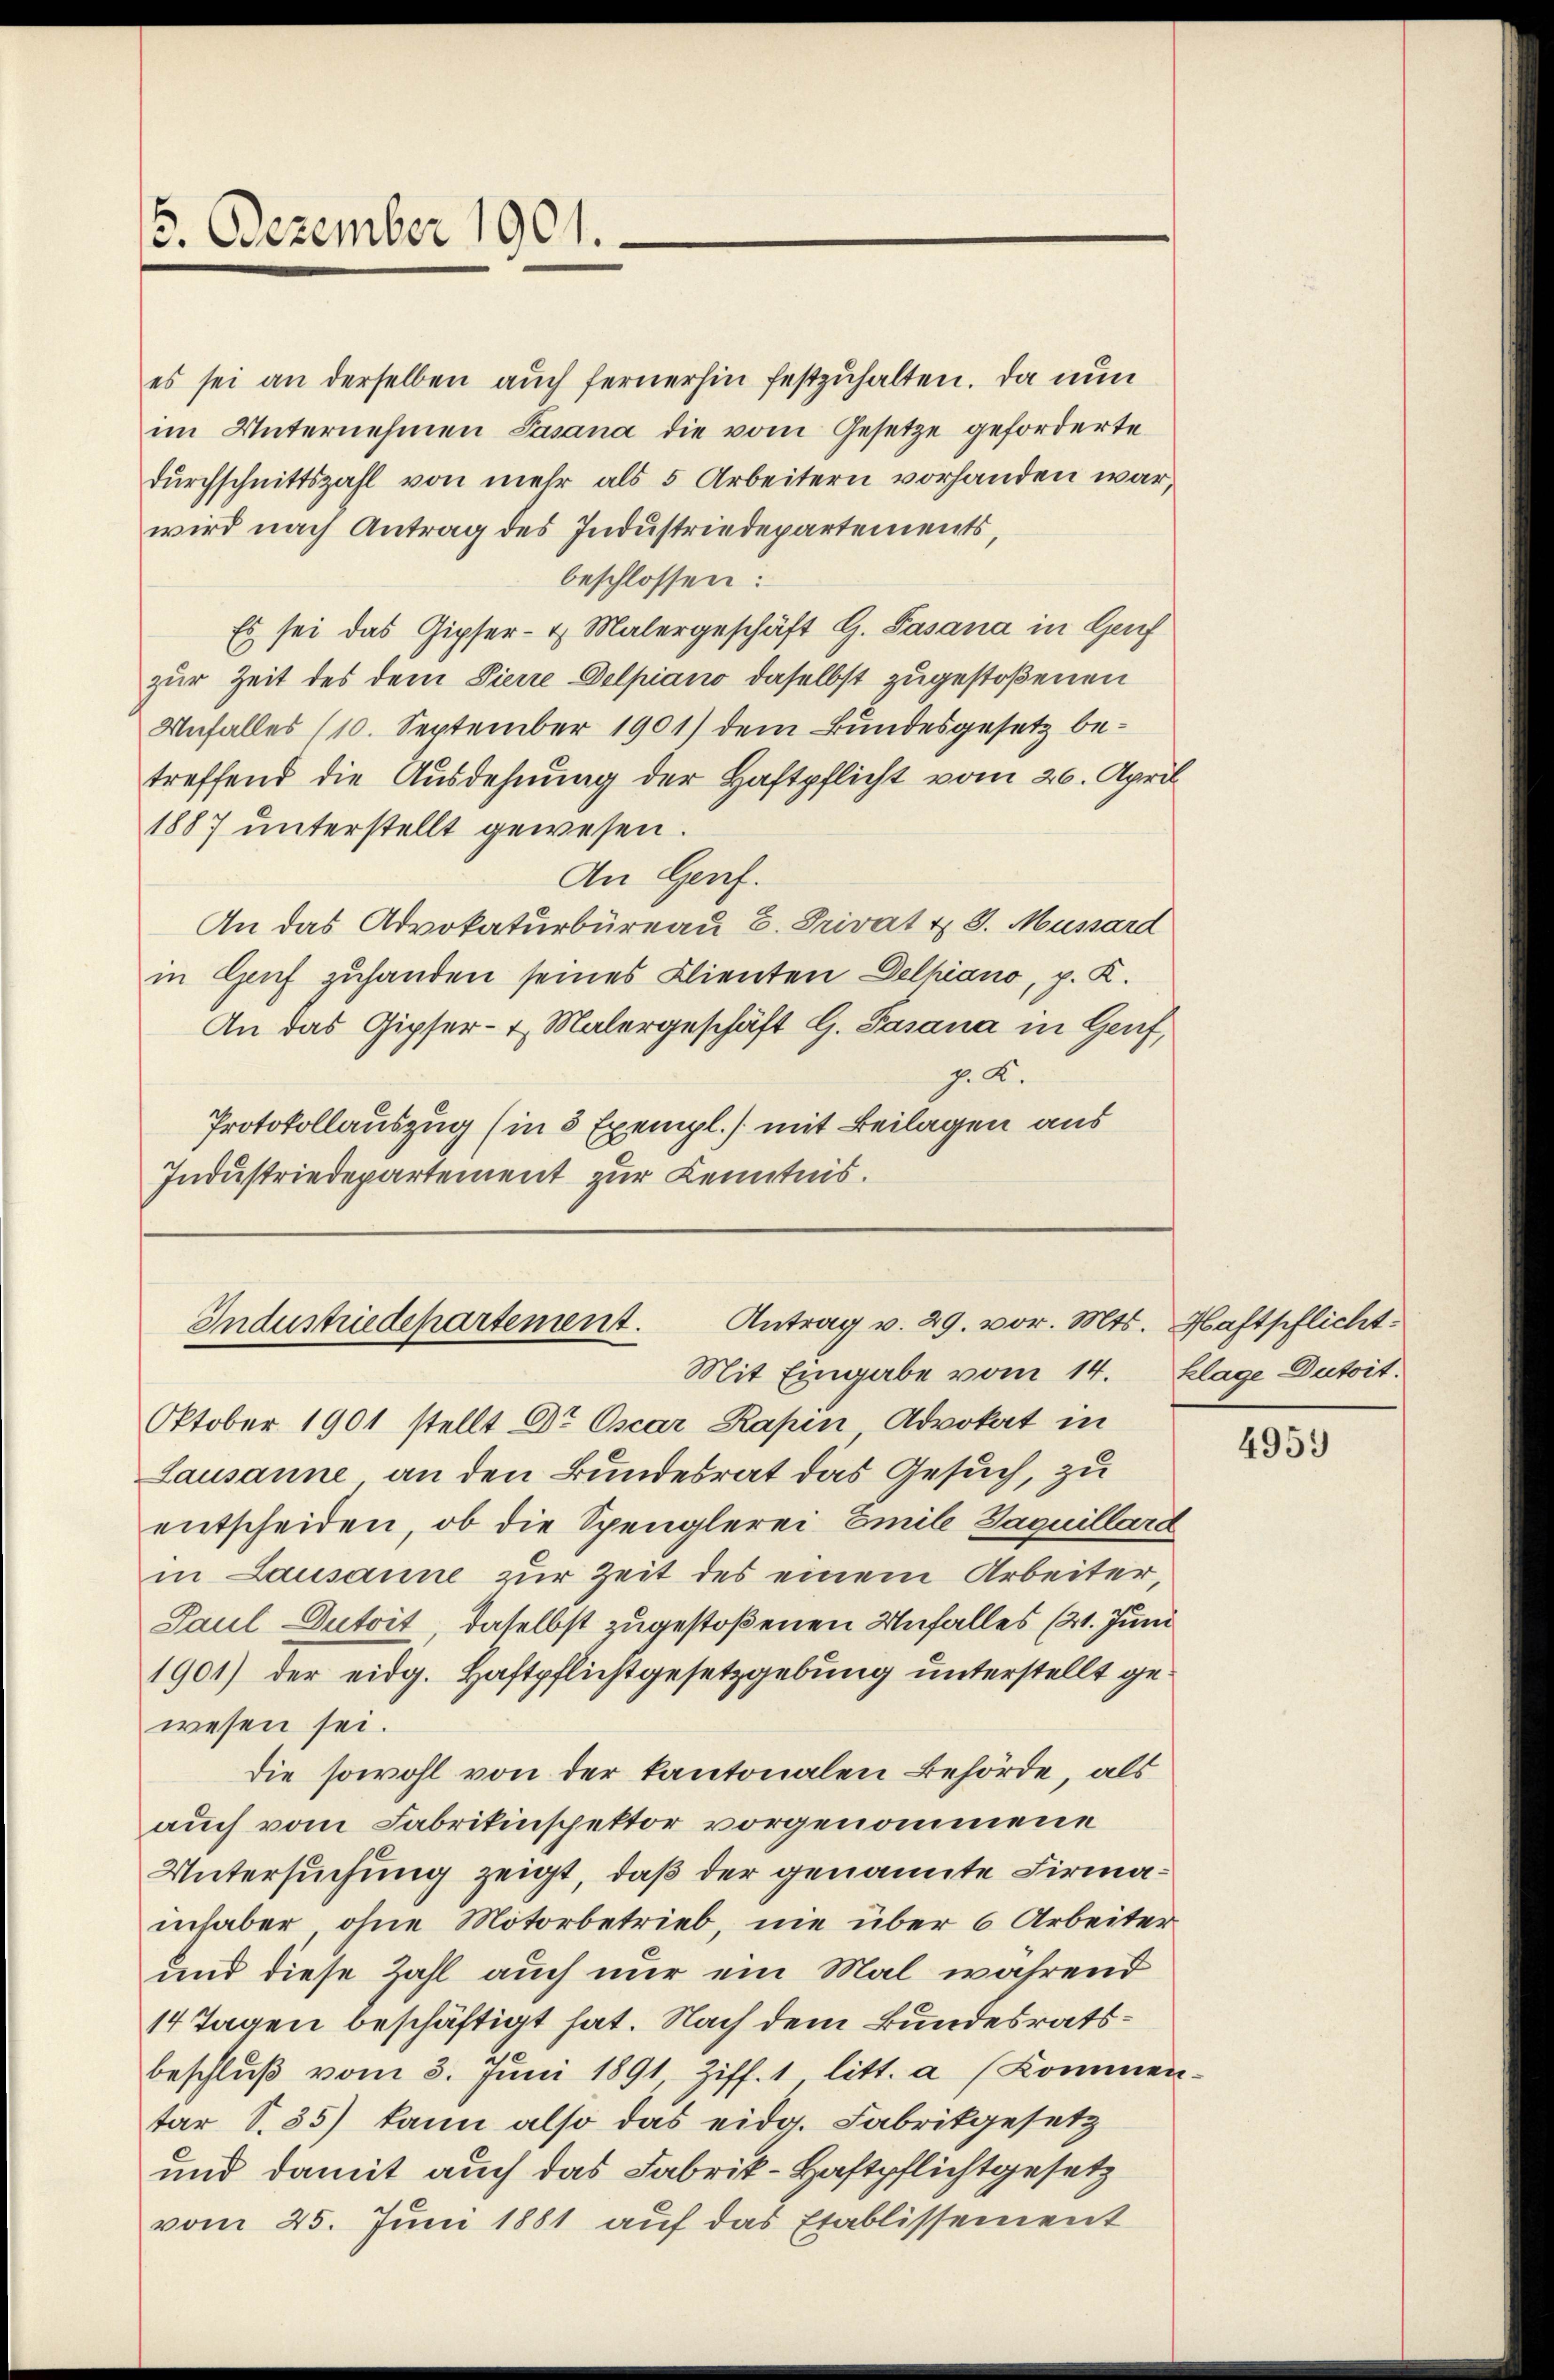
5. Dezember 1901.

es sei an derselben auch fernerhin festzuhalten. Da nun
im Unternehmen Pasana die vom Gesetze geforderte
durchschnittszahl von mehr als 5 Arbeitern vorhanden war,
wird nach Antrag des Industriedepartements,
beschlossen:
Es sei das Gipfer- & Malergeschäft G. Sasana in Genf
zur Zeit des dem Pierre Delpiano daselbst zugestoßenen
Unfalles (10. September 1901) dem Bundesgesetz betreffend die Ausdehnung der Haftpflicht vom 20. April
1887 unterstellt gewesen.
An Genf.
An das Advokaturbüreau C. Privat & 3. Mussard
in Genf zuhanden seines Klienten Delhiano, p. K.
An das Gipser- & Malergeschäft G. Fasana in Genf,
p. K.
Protokollauszug (in 5 Exempl. / mit Beilagen aus
Industriedepartement zur Kenntnis.

Antrag v. 29. vor. Mts. Haftpflicht
Industriedepartement.

Mit Eingabe vom 14. Klage Dutoit.
Oktober 1901 stellt Dr. Oscar Kapin Advokat in
Lausanne an den Bundesrat das Gesuch, zu
entscheiden, ob die Spenglerei Emil Jaquillara
in Lausanne zur Zeit des einem Arbeiter,
Paul Dutoit, daselbst zugestoßenen Unfalles (21. Juni
1901) der eidg. Haftpflichtgesetzgebung unterstellt gewesen sei.
die sowohl von der kantonalen Behörde, als
auch vom Fabrikinspektor vorgenommene
Untersuchung zeigt, daß der genannte Firmainhaber, ohne Motorbetrieb, nie über 6 Arbeiter
und diese Zahl auch nur ein Mal während
14 Tagen beschäftigt hat. Nach dem Bundesratsbeschlŭβ vom 3. Jŭni 1891, Ziff. 1 litt. a (Kommen-
tar S. 35) kann also das eidg. Fabrikgesetz
und damit auch das Fabrik-Haftpflichtgesetz
vom 25. Juni 1881 auf das Etablissement

4953